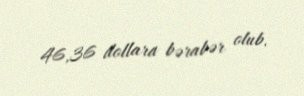
46,36 dollara bərabər olub.